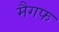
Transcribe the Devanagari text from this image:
मैगफ